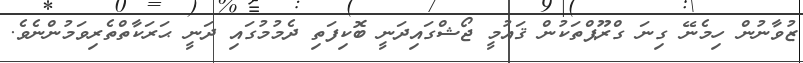
ޒުވާނުން ހިމެނޭ ގިނަ ގްރޫޕްތަކުން ޤައުމީ ޖޯޝްގައިދަނީ ބޮކިފަތި ދެމުމުގައި ދަނީ ޙަރަކާތްތެރިވަމުންނެވެ.